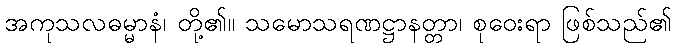
အကုသလဓမ္မာနံ၊ တို့၏။ သမောသရဏဋ္ဌာနတ္တာ၊ စုဝေးရာ ဖြစ်သည်၏